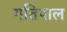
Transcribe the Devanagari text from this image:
गतिपाल